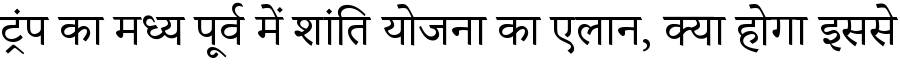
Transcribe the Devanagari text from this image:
ट्रंप का मध्य पूर्व में शांति योजना का एलान, क्या होगा इससे